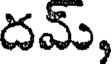
దమ్,